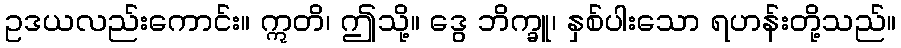
ဥဒယလည်းကောင်း။ ဣတိ၊ ဤသို့။ ဒွေ ဘိက္ခူ၊ နှစ်ပါးသော ရဟန်းတို့သည်။